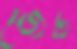
জেট